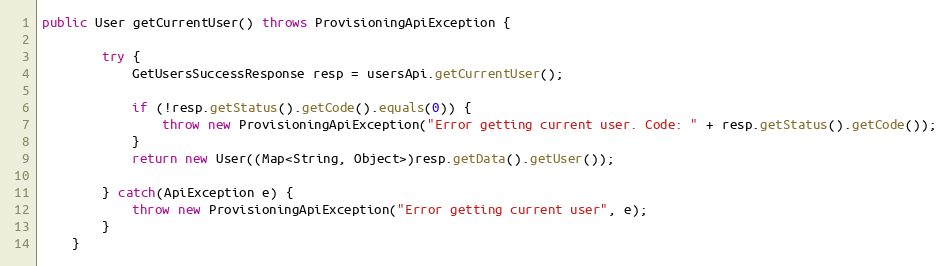
Language: Java
public User getCurrentUser() throws ProvisioningApiException {

		try {
			GetUsersSuccessResponse resp = usersApi.getCurrentUser();

			if (!resp.getStatus().getCode().equals(0)) {
				throw new ProvisioningApiException("Error getting current user. Code: " + resp.getStatus().getCode());
			}
            return new User((Map<String, Object>)resp.getData().getUser());

        } catch(ApiException e) {
        	throw new ProvisioningApiException("Error getting current user", e);
        }
	}